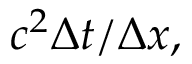
c ^ { 2 } \Delta t / \Delta x ,